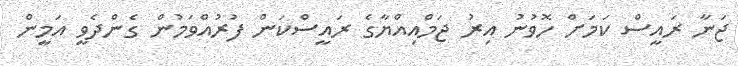
ޖަނާ ރައީސް ކަމަށް ހޮވުނު އިރު ޖަމްއިއްޔާގެ ރައީސްކަން ފުރުއްވަމުން ގެންދެވީ އަމީން